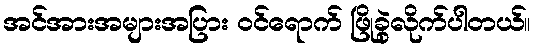
အင်အားအများအပြား ဝင်ရောက် ဖြိုခွဲလိုက်ပါတယ်။